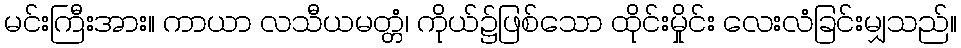
မင်းကြီးအား။ ကာယာ လသီယမတ္တံ၊ ကိုယ်၌ဖြစ်သော ထိုင်းမှိုင်း လေးလံခြင်းမျှသည်။